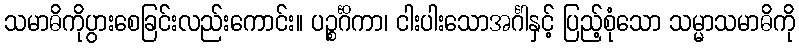
သမာဓိကိုပွားစေခြင်းလည်းကောင်း။ ပဉ္စင်္ဂိကာ၊ ငါးပါးသောအင်္ဂါနှင့် ပြည့်စုံသော သမ္မာသမာဓိကို